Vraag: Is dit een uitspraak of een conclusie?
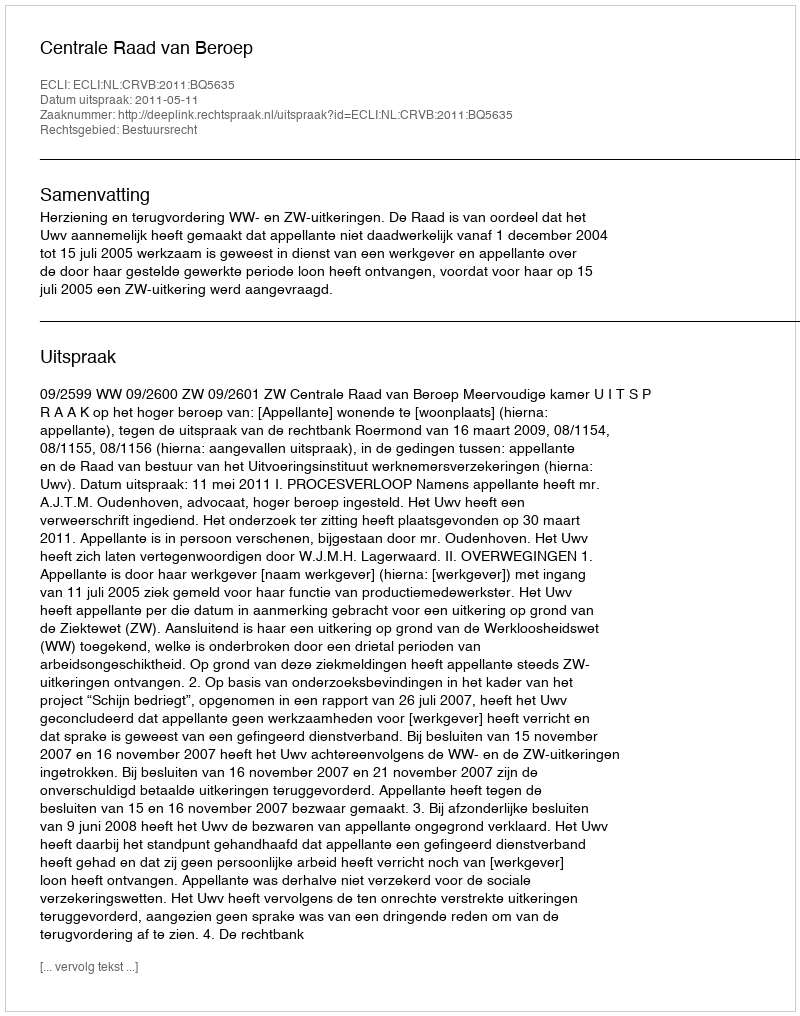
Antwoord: Uitspraak